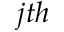
j t h